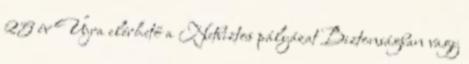
25 év Újra elérhető a Netbiztos pályázat Biztonságban vagy